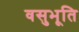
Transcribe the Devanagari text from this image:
वसुभूति